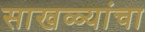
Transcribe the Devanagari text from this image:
साखळ्यांचा